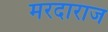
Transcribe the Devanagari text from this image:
मरदाराज